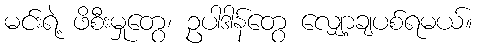
မင်းရဲ့ ဖိစီးမှုတွေ၊ ဥပါဒါန်တွေ လျှော့ချပစ်ရမယ်။